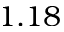
1 . 1 8